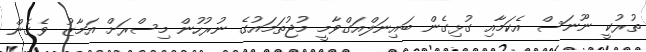
ތުރުކީ ނޫނަސް އެކަމާއި ގުޅިގެން ބައިނަލްއަގްވާމީ މުޖުތަމައުގެ ނުރުހުން މިސްރަށް އަމާޒު ވެގެން